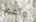
وأعود